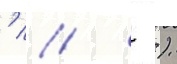
'   ).